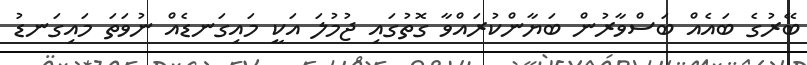
ބޭރުގެ ބައެއް ބަސްވާރުން ބަޔާންކުރައްވާ ގޮތުގައި ޖުމުލަ އަކީ މައިގަނޑެއް ނުވަތަ މައިގަނޑު